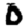
Digit: 0